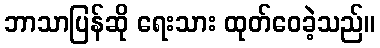
ဘာသာပြန်ဆို ရေးသား ထုတ်ဝေခဲ့သည်။